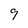
Character: 9